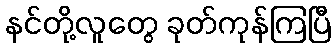
နင်တို့လူတွေ ခုတ်ကုန်ကြပြီ